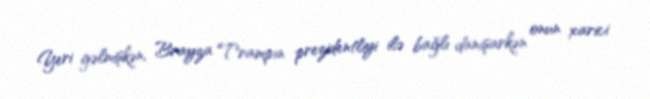
Yeri gəlmişkən, Brayza Trampın prezidentliyi ilə bağlı danışarkən onun xarici